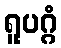
ရူပဂ္ဂံ